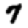
Digit: 7